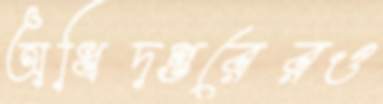
অধিদপ্তরেরও